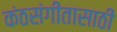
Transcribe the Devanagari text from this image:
कंठसंगीतासाठी